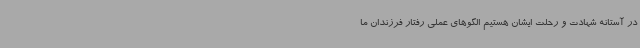
در آستانه شهادت و رحلت ایشان هستیم الگوهای عملی رفتار فرزندان ما